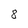
Character: 8